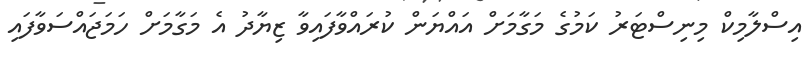
އިސްލާމިކް މިނިސްޓަރު ކަމުގެ މަގާމަށް އައްޔަން ކުރައްވާފައިވާ ޒިޔާދު އެ މަގާމަށް ހަމަޖައްސަވާފައި